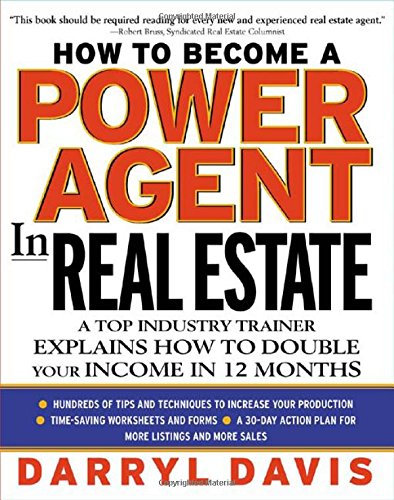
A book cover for How To Become a Power Agent in Real Estate : A Top Industry Trainer Explains How to Double Your Income in 12 Months; Darryl Davis; Business & Money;